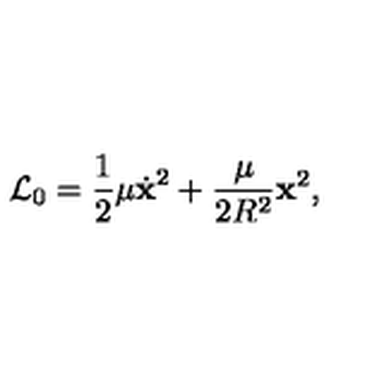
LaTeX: { \cal L } _ { 0 } = \frac { 1 } { 2 } \mu \dot { \bf x } ^ { 2 } + \frac { \mu } { 2 R ^ { 2 } } { \bf x } ^ { 2 } ,